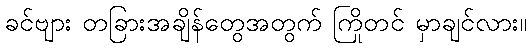
ခင်ဗျား တခြားအချိန်တွေအတွက် ကြိုတင် မှာချင်လား။